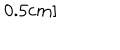
LaTeX: 0 . 5 c m ]